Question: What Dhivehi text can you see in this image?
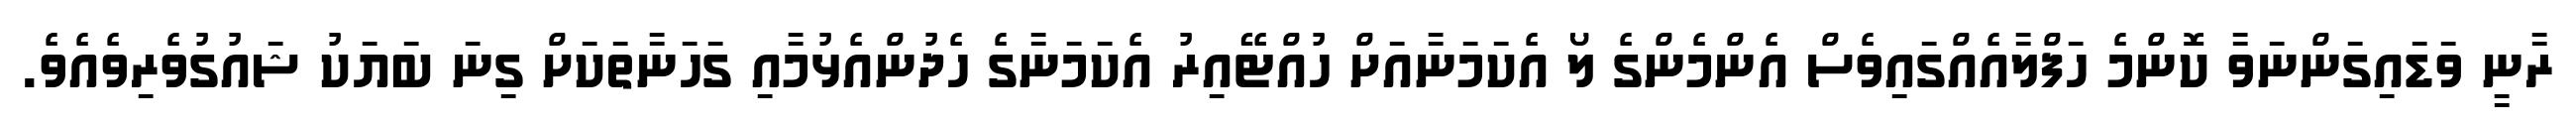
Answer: ރާނީ ވަޑައިގަންނަވާ ކޮންމެ ހަފްލާއެއްގައިވެސް އެންމެންގެ ލޯ އެކަމަނާއަށް ހުއްޓޭއިރު އެކަމަނާގެ ހެދުންއެޅުމާއި ގަހަނާތަކަށް ގިނަ ބަޔަކު ޝައުގުވެރިވެއެވެ.